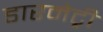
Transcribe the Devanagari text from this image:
डारमेट्री